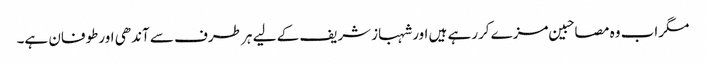
مگراب وہ مصاحبین مزے کررہے ہیں اورشہبازشریف کے لیے ہر طرف سے آندھی اورطوفان ہے۔